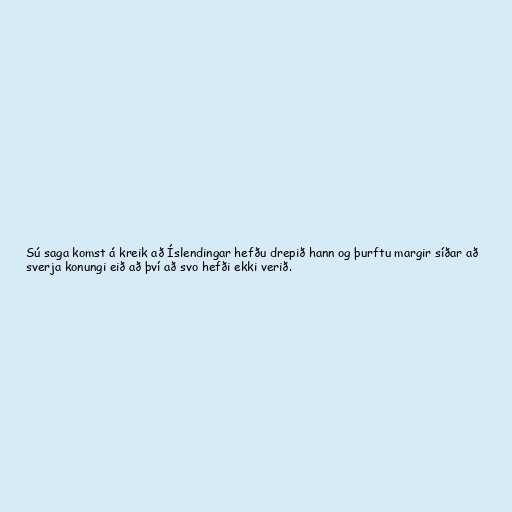
Sú saga komst á kreik að Íslendingar hefðu drepið hann og þurftu margir síðar að
sverja konungi eið að því að svo hefði ekki verið.